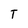
Character: T